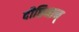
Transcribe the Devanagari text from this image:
दीप्तिमान्